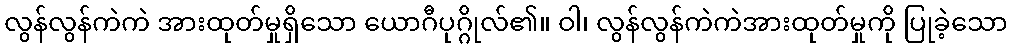
လွန်လွန်ကဲကဲ အားထုတ်မှုရှိသော ယောဂီပုဂ္ဂိုလ်၏။ ဝါ၊ လွန်လွန်ကဲကဲအားထုတ်မှုကို ပြုခဲ့သော